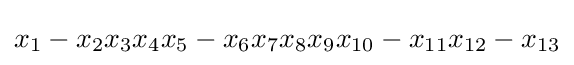
x_{1}-x_{2}x_{3}x_{4}x_{5}-x_{6}x_{7}x_{8}x_{9}x_{10}-x_{11}x_{12}-x_{13}